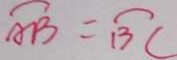
\widehat { A B } = \widehat { B C }